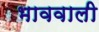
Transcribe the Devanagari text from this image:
भाववाली